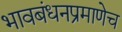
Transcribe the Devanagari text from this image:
भावबंधनप्रमाणेच